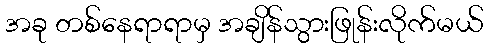
အခု တစ်နေရာရာမှ အချိန်သွားဖြုန်းလိုက်မယ်